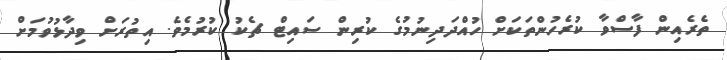
ތެރެއިން ފާސްވާ ކުރެހުންތަކަށް ހުއްދަދިނުމުގެ ކުރިން ސައިޓް ޗެކު ކުރުމެވެ. އިތުރަށް ވިދާޅުވުމަށް